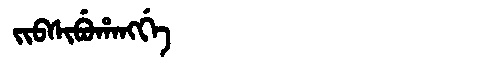
Manchu: ᠵᡳᠪᠰᡳᠪᡠᡥᠠᠩᡤᡝ
Romanization: JIBSIBUHANGGE